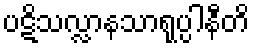
ပဋိသလ္လာနသာရုပ္ပါနီတိ